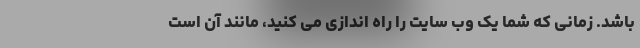
باشد. زمانی که شما یک وب سایت را راه اندازی می کنید، مانند آن است